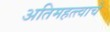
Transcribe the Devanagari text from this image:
अतिमहत्त्वाचे